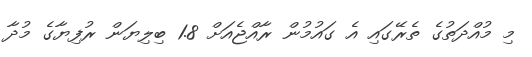
މި މުއްދަތުގެ ތެރޭގައި އެ ގައުމުން ރާއްޖެއަށް 1.8 ބިލިޔަން ރުފިޔާގެ މުދާ